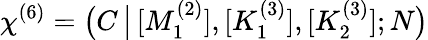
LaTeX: \chi^{(6)}=\big(C\, \big|\, [M_{1}^{(2)}],[K_{1}^{(3)}],[K_{2}^{(3)}];N\big)